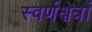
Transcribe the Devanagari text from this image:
स्वर्णक्षेत्रों